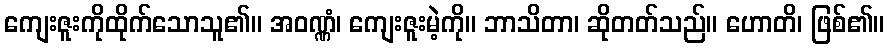
ကျေးဇူးကိုထိုက်သောသူ၏။ အဝဏ္ဏံ၊ ကျေးဇူးမဲ့ကို။ ဘာသိတာ၊ ဆိုတတ်သည်။ ဟောတိ၊ ဖြစ်၏။